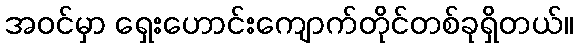
အဝင်မှာ ရှေးဟောင်းကျောက်တိုင်တစ်ခုရှိတယ်။